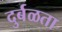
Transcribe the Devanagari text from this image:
दुर्बळता